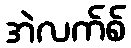
အဲလက်စ်